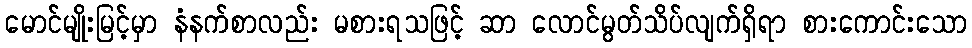
မောင်မျိုးမြင့်မှာ နံနက်စာလည်း မစားရသဖြင့် ဆာ လောင်မွတ်သိပ်လျက်ရှိရာ စားကောင်းသော